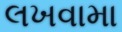
લખવામા